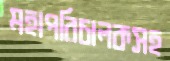
মহাপরিচালকসহ